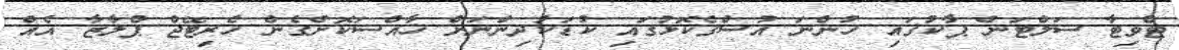
ޓްވިޓާ ސަލްޓަން ޕާކުގައި ހުންނަ އުސްގެކޮޅުގައި ކުޑަކުދިންނަށް ޚާއްސަކޮށްގެން ހެރިޓޭޖް ޕްލާޒާ އެއް